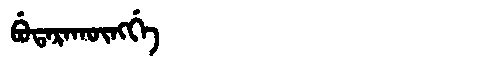
Manchu: ᠪᡠᡨᠠᡵᠠᡴᡡᠩᡤᡝ
Romanization: BUTARAKŪNGGE